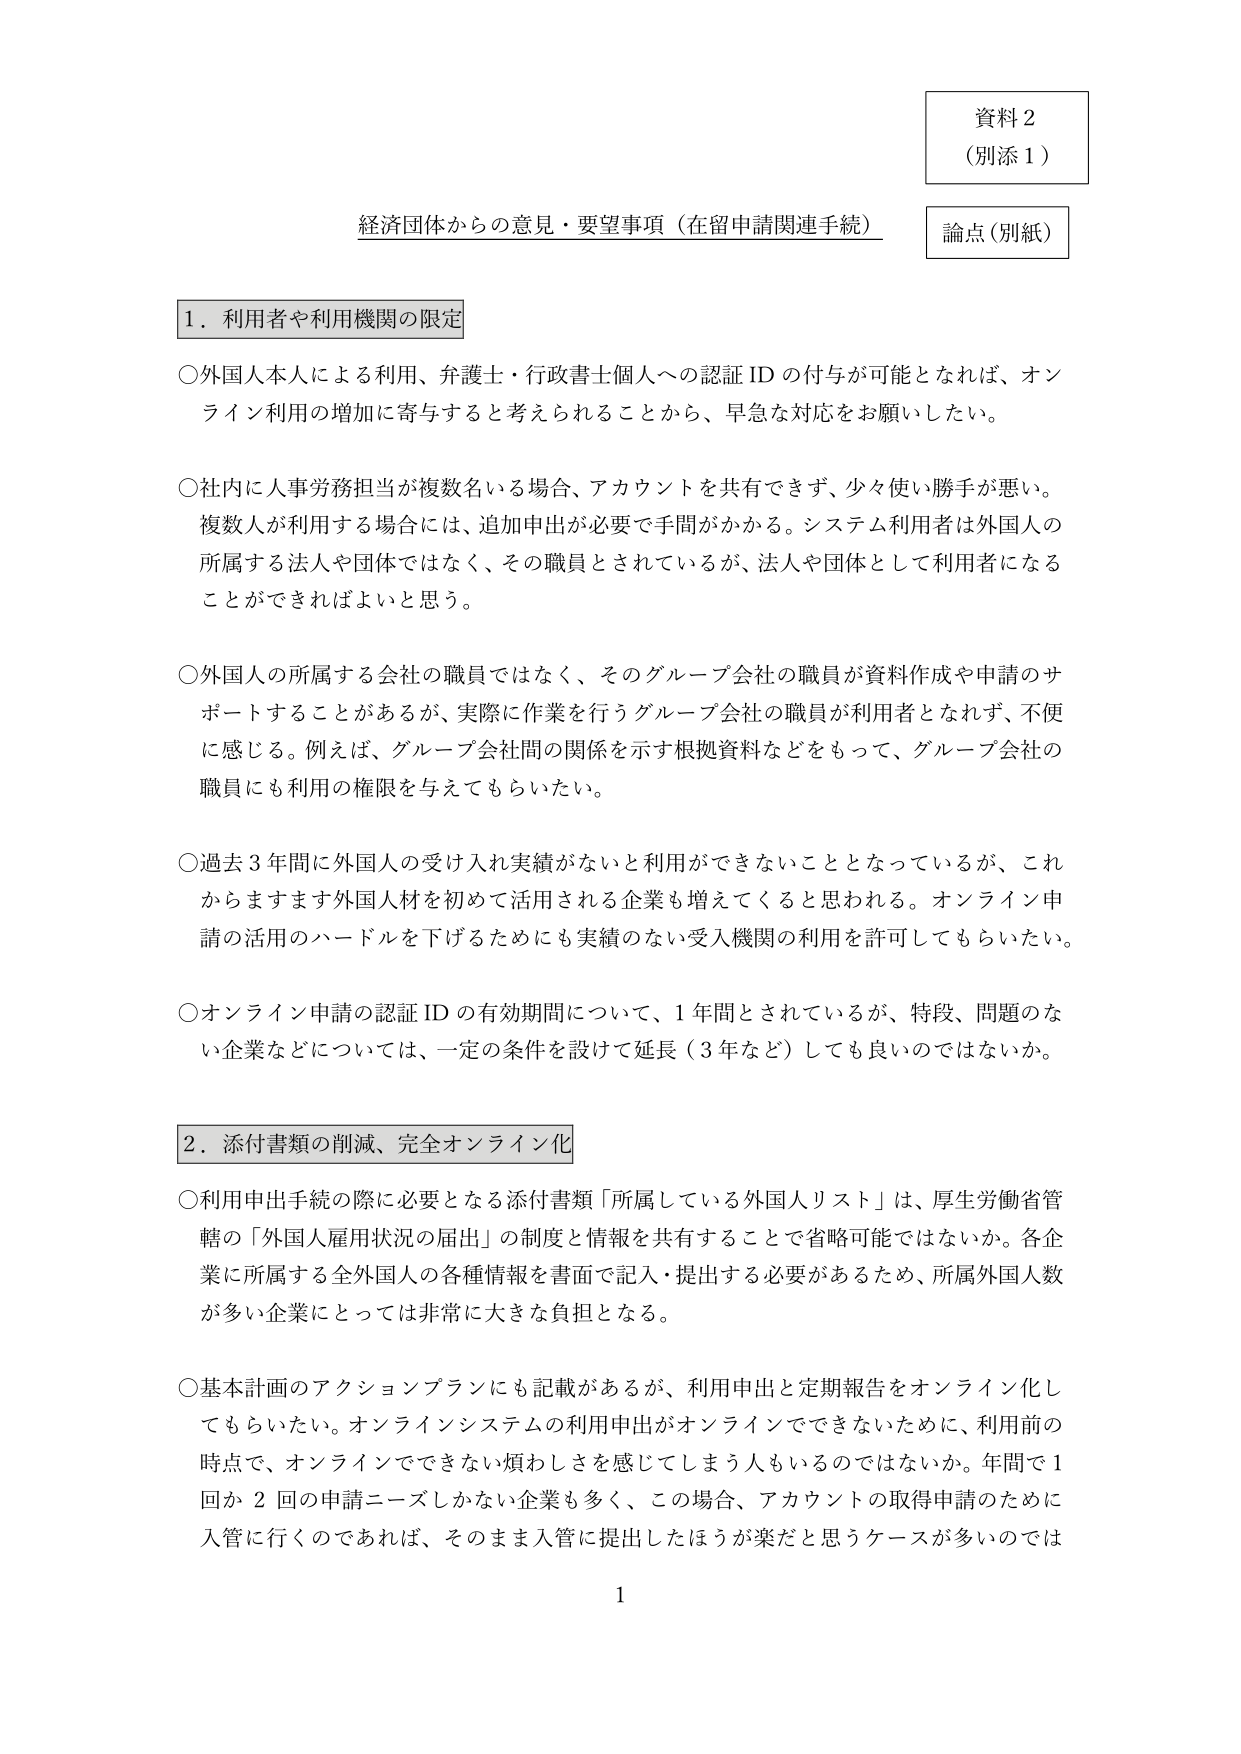
資料２
（別添１）

経済団体からの意見・要望事項（在留申請関連手続）
論点（別紙）

１．利用者や利用機関の限定

○外国人本人による利用、弁護士・行政書士個人への認証IDの付与が可能となれば、オンライン利用の増加に寄与すると考えられることから、早急な対応をお願いしたい。

○社内に人事労務担当が複数名いる場合、アカウントを共有できず、少々使い勝手が悪い。複数人が利用する場合には、追加申出が必要で手間がかかる。システム利用者は外国人の所属する法人や団体ではなく、その職員とされているが、法人や団体として利用者になることができればよいと思う。

○外国人の所属する会社の職員ではなく、そのグループ会社の職員が資料作成や申請のサポートすることがあるが、実際に作業を行うグループ会社の職員が利用者となれず、不便に感じる。例えば、グループ会社間の関係を示す根拠資料などをもって、グループ会社の職員にも利用の権限を与えてもらいたい。

○過去3年間に外国人の受け入れ実績がないと利用ができないこととなっているが、これからますます外国人材を初めて活用される企業も増えてくると思われる。オンライン申請の活用のハードルを下げるためにも実績のない受入機関の利用を許可してもらいたい。

○オンライン申請の認証IDの有効期間について、1年間とされているが、特段、問題のない企業などについては、一定の条件を設けて延長（3年など）しても良いのではないか。

２．添付書類の削減、完全オンライン化

○利用申出手続の際に必要となる添付書類「所属している外国人リスト」は、厚生労働省管轄の「外国人雇用状況の届出」の制度と情報を共有することで省略可能ではないか。各企業に所属する全外国人の各種情報を書面で記入・提出する必要があるため、所属外国人数が多い企業にとっては非常に大きな負担となる。

○基本計画のアクションプランにも記載があるが、利用申出と定期報告をオンライン化してもらいたい。オンラインシステムの利用申出がオンラインでできないために、利用前の時点で、オンラインでできない煩わしさを感じてしまう人もいるのではないか。年間で1回か2回の申請ニーズしかない企業も多く、この場合、アカウントの取得申請のために入管に行くのであれば、そのまま入管に提出したほうが楽だと思うケースが多いのでは

1